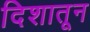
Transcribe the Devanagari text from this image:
दिशातून